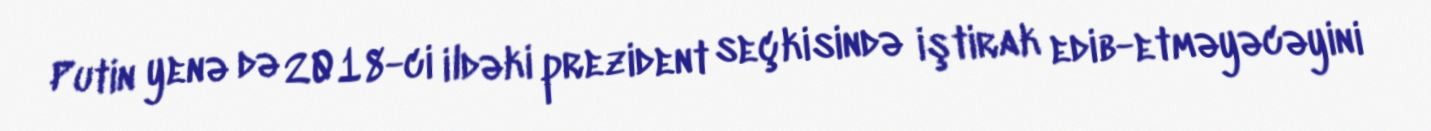
Putin yenə də 2018-ci ildəki prezident seçkisində iştirak edib-etməyəcəyini